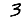
Digit: 3